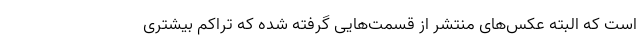
است که البته عکس‌های منتشر از قسمت‌هایی گرفته شده که تراکم بیشتری